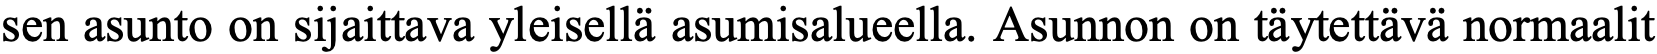
sen asunto on sijaittava yleisellä asumisalueella. Asunnon on täytettävä normaalit